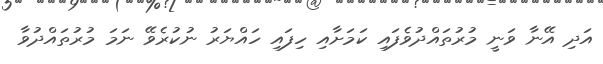
އަދި އޭނާ ވަނީ މުރުތައްދުވެފައި ކަމަށާއި ހިފައި ހައްޔަރު ނުކުރެވޭ ނަމަ މުރުތައްދުވާ